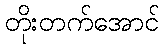
တိုးတက်အောင်